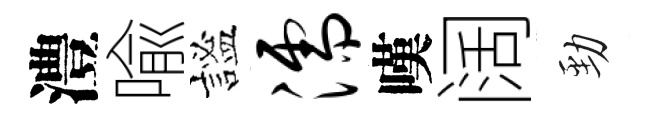
澧喩謐濡嘆阔勁